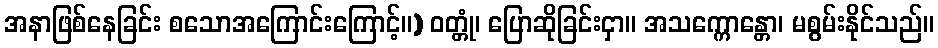
အနာဖြစ်နေခြင်း စသောအကြောင်းကြောင့်။) ဝတ္တုံ၊ ပြောဆိုခြင်းငှာ။ အသက္ကောန္တော၊ မစွမ်းနိုင်သည်။